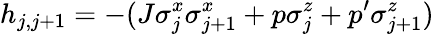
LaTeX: h_{j,j+1}=-(J\sigma_{j}^{x}\sigma_{j+1}^{x}+p\sigma_{j}^{z}+p^{\prime}\sigma_{j+1}^{z})